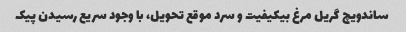
ساندویچ گریل مرغ بی‎کیفیت و سرد موقع تحویل، با وجود سریع رسیدن پیک